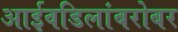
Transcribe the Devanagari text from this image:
आईवडिलांबरोबर